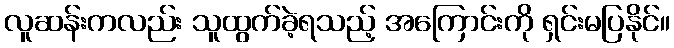
လူဆန်းကလည်း သူထွက်ခဲ့ရသည့် အကြောင်းကို ရှင်းမပြနိုင်။